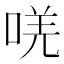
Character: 唴